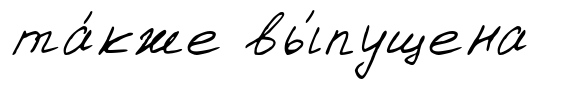
та́кже вы́пущена